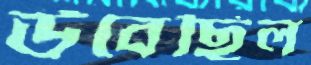
উবেছিল